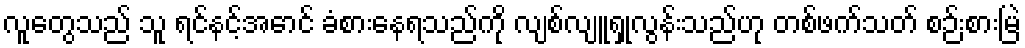
လူတွေသည် သူ ရင်နင့်အောင် ခံစားနေရသည်ကို လျစ်လျူရှုလွန်းသည်ဟု တစ်ဖက်သတ် စဉ်းစားမြဲ